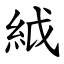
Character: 䋐